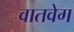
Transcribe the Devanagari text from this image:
वातवेग